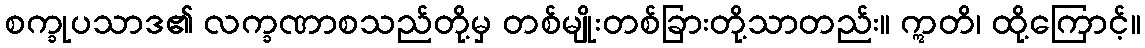
စက္ခုပသာဒ၏ လက္ခဏာစသည်တို့မှ တစ်မျိုးတစ်ခြားတို့သာတည်း။ ဣတိ၊ ထို့ကြောင့်။